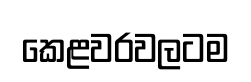
කෙළවරවලටම